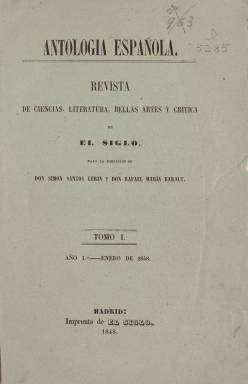
Título: Antología española (Madrid)
Colección: Cultura || Revistas de información general
Ámbito geográfico: Madrid
Lugar de publicación: Madrid
Fechas: 01/01/1848-31/03/1848

Efímera publicación de 1848 que llevaba por subtítulo el de revista de ciencias, literatura, bellas artes y crítica y que fue editada por la empresa editora de El Siglo. Este periódico progresista comenzó su andadura el 1 de enero de ese año dirigido por Simón Santos Lerín, quien junto a Rafael María Baralt figuraba también como director de la revista.

   En un periodo especialmente tumultuoso en el que nacieron y desaparecieron varios periódicos, El Siglo dejó de publicarse en mayo de 1848 y seguramente también lo hizo la revista, que tenía periodicidad mensual. En todo caso la Biblioteca Nacional de España solo posee los tres primeros números de esta publicación, los correspondientes a los meses de enero, febrero y marzo.

Antología española era una voluminosa revista con algo más de 120 páginas por número y con una temática variada, tal y como rezaba su subtítulo. En ella se puede encontrar artículos de historia, política, filosofía, crítica literaria y dramática, así como otras materias.

  En el primer número destacan unas cartas inéditas de Jovellanos y una oda a la memoria de Agustín Arguelles, el gran político de las Cortes de Cádiz y tutor de la reina Isabel II. La poesía es del codirector de la revista, Rafael María Baralt, poeta y filólogo venezolano que fue el primer hispanoamericano que formó parte de la Real Academia Española de la Lengua.

 El segundo número, el de febrero, se abre con un artículo sobre las escritoras españolas y en el tercero de marzo destaca el dedicado a la nueva edición del Romancero general castellano, con introducción y notas de Agustín Durán, y unas lecciones de filosofía de la historia a cargo de José Joaquín de Mora.

   Simón Santos Lerín, director de El Siglo y codirector de la revista Antología española, fue un abogado y destacado miembro del Partido Progresista. Como periodista había dirigido antes El Espectador y fundado El Clamor Público. En 1848, y a consecuencia de los sucesos revolucionarios de ese año, tuvo que exiliarse de España y no regresó hasta 1854. Fue muy conocida la tertulia que mantuvo a partir de entonces en su casa, de la que saldría el Círculo Literario y Filosófico de Madrid.

[Descripción publicada el 15/02/2023]